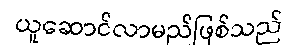
ယူဆောင်လာမည်ဖြစ်သည်